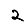
Digit: 2